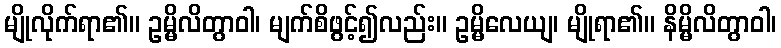
မျိုလိုက်ရာ၏။ ဥမ္မိလိတွာဝါ၊ မျက်စိဖွင့်၍လည်း။ ဥမ္မိလေယျ၊ မျိုရာ၏။ နိမ္မိလိတွာဝါ၊